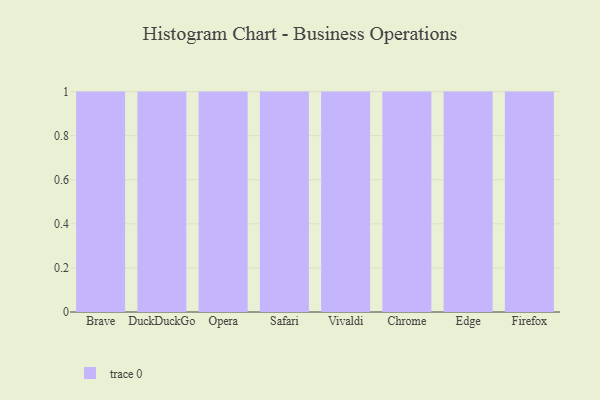
{"axis": {"x": "Browser", "y": "Shipments"}, "legend": [""], "data": [{"x": "Brave", "y": 91, "type": ""}, {"x": "DuckDuckGo", "y": 8, "type": ""}, {"x": "Opera", "y": 14, "type": ""}, {"x": "Safari", "y": 66, "type": ""}, {"x": "Vivaldi", "y": 60, "type": ""}, {"x": "Chrome", "y": 76, "type": ""}, {"x": "Edge", "y": 41, "type": ""}, {"x": "Firefox", "y": 37, "type": ""}]}